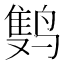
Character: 𲎂